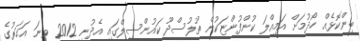
ބިންކޮޅެއް ހޯދުމަށް އަމިއްލަ ކުންފުންޏަކުން ތުލުސްދޫ ކައުންސިލްގައި އެދުނީ 2012 ވނަ އަހަރުގެ